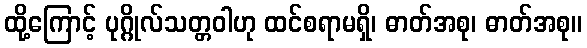
ထို့ကြောင့် ပုဂ္ဂိုလ်သတ္တဝါဟု ထင်စရာမရှိ၊ ဓာတ်အစု၊ ဓာတ်အစု။